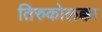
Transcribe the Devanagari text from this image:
तिरुकोलक्का